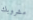
مشروبك